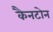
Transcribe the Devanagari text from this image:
कैनटोन